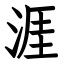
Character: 涯